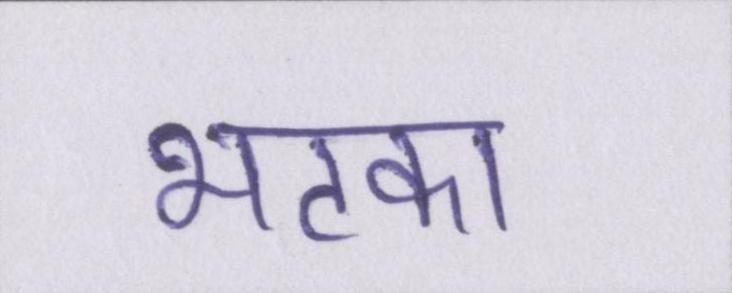
भटका